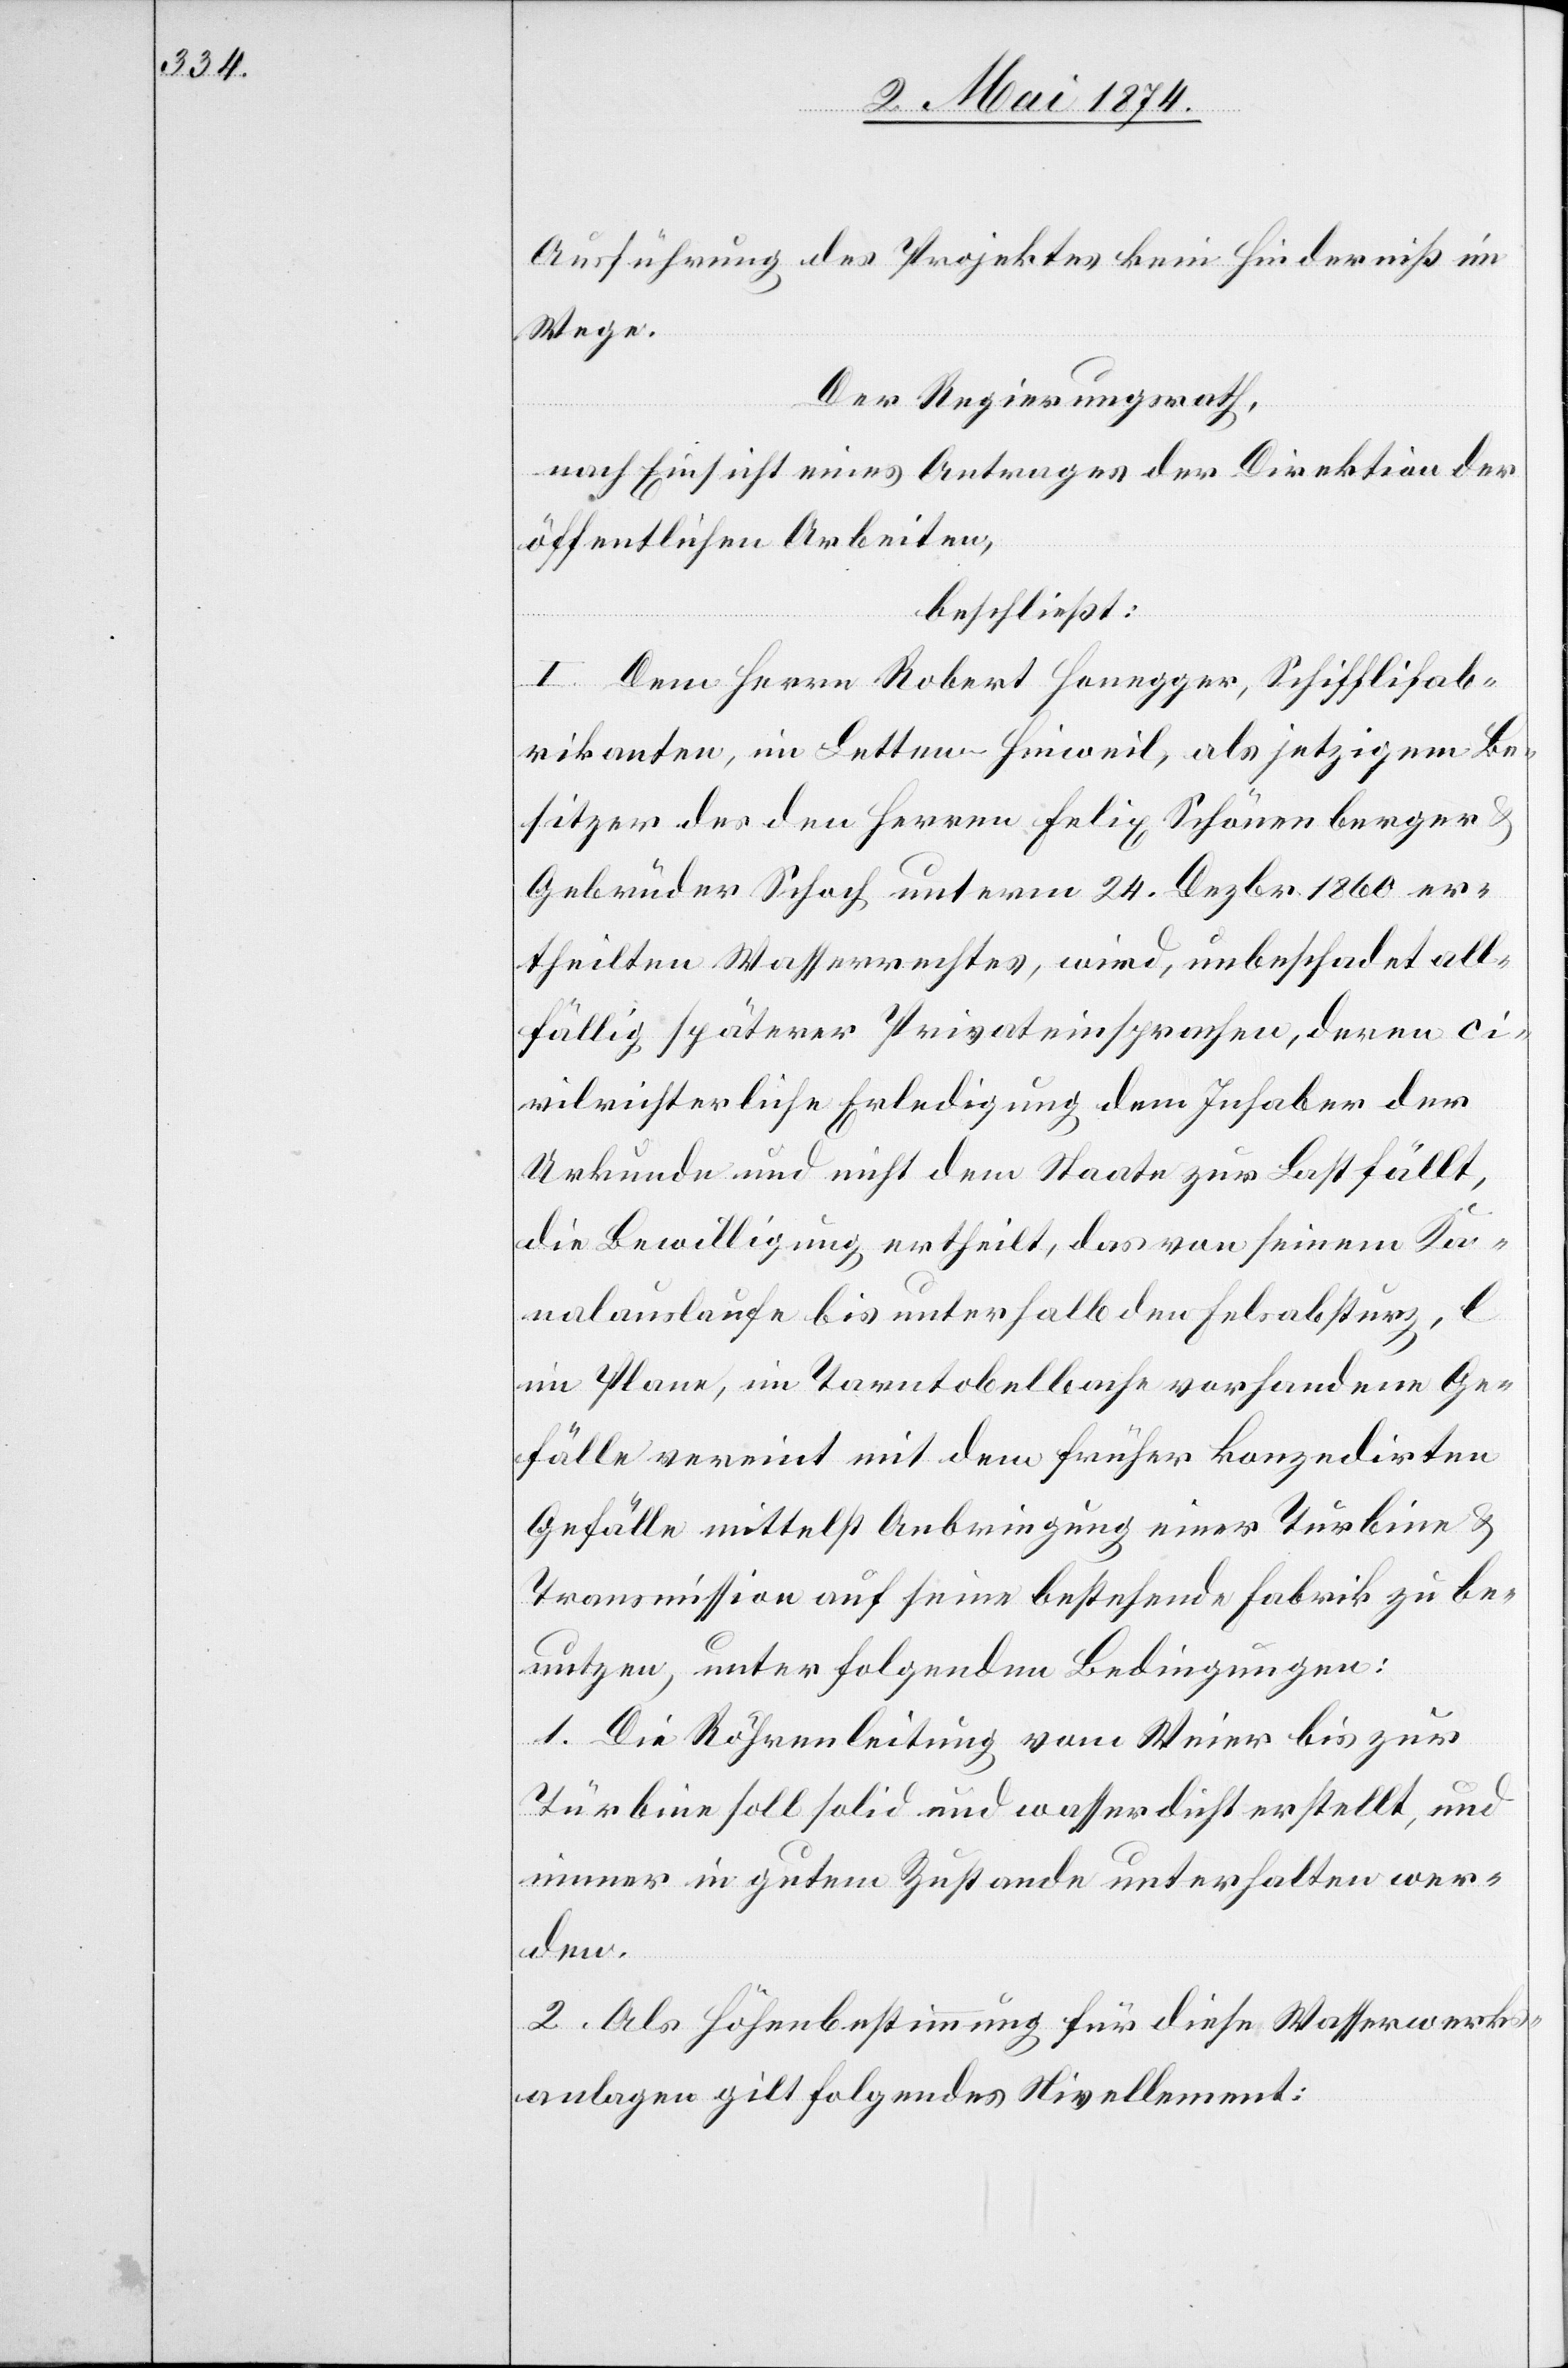
Ausführung des Projektes kein Hinderniß im
Wege.
Der Regierungsrath,
nach Einsicht eines Antrages der Direktion der
öffentlichen Arbeiten,
beschließt:
I. Dem Herrn Robert Honegger, Schifflifab¬
rikanten, im Letten-Hinweil, als jetzigem Be¬
sitzer des den Herren Felix Schönenberger
Gebrüder Schoch unterm 24. Dezbr. 1860 er¬
theilten Wasserrechtes, wird, unbeschadet all¬
fällig späterer Privateinsprachen, deren ci¬
vilrichterliche Erledigung dem Inhaber der
Urkunde und nicht dem Staate zur Last fällt,
die Bewilligung ertheilt, das von seinem Ka¬
nalauslaufe bis unterhalb den Felsabsturz, l
im Plane, im Tarntobelbache vorhandene Ge¬
fälle vereint mit dem früher konzedirten
Gefälle mittelst Anbringung einer Turbine u.
Transmission auf seine bestehende Fabrik zu be¬
nutzen, unter folgenden Bedingungen:
1. Die Röhrenleitung vom Weier bis zur
Türbine soll solid und wasserdicht erstellt, und
immer in gutem Zustande unterhalten wer¬
den.
2. Als Höhenbestimmung für diese Wasserwerks¬
anlagen gilt folgendes Nivellement: